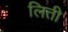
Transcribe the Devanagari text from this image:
लिती